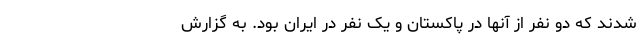
شدند که دو نفر از آنها در پاکستان و یک نفر در ایران بود. به گزارش